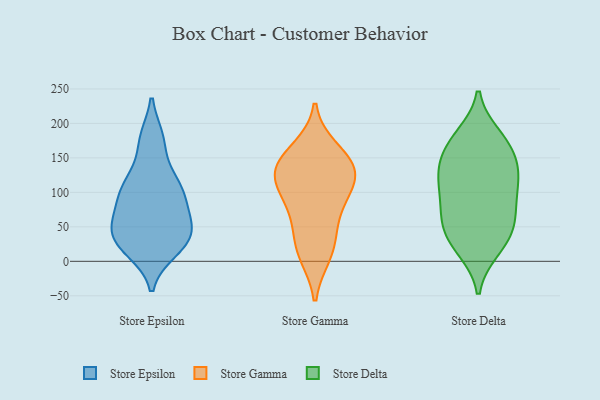
{"axis": {"x": "Inventory Turnover", "y": "Value"}, "legend": ["Store Delta", "Store Epsilon", "Store Gamma"], "data": [{"x": "", "y": 42, "type": "Store Epsilon"}, {"x": "", "y": 101, "type": "Store Epsilon"}, {"x": "", "y": 99, "type": "Store Epsilon"}, {"x": "", "y": 18, "type": "Store Epsilon"}, {"x": "", "y": 178, "type": "Store Epsilon"}, {"x": "", "y": 40, "type": "Store Epsilon"}, {"x": "", "y": 105, "type": "Store Epsilon"}, {"x": "", "y": 69, "type": "Store Epsilon"}, {"x": "", "y": 131, "type": "Store Epsilon"}, {"x": "", "y": 106, "type": "Store Epsilon"}, {"x": "", "y": 23, "type": "Store Epsilon"}, {"x": "", "y": 68, "type": "Store Epsilon"}, {"x": "", "y": 15, "type": "Store Epsilon"}, {"x": "", "y": 177, "type": "Store Epsilon"}, {"x": "", "y": 49, "type": "Store Epsilon"}, {"x": "", "y": 44, "type": "Store Epsilon"}, {"x": "", "y": 126, "type": "Store Gamma"}, {"x": "", "y": 161, "type": "Store Gamma"}, {"x": "", "y": 47, "type": "Store Gamma"}, {"x": "", "y": 11, "type": "Store Gamma"}, {"x": "", "y": 145, "type": "Store Gamma"}, {"x": "", "y": 18, "type": "Store Gamma"}, {"x": "", "y": 116, "type": "Store Gamma"}, {"x": "", "y": 132, "type": "Store Gamma"}, {"x": "", "y": 135, "type": "Store Gamma"}, {"x": "", "y": 85, "type": "Store Gamma"}, {"x": "", "y": 87, "type": "Store Gamma"}, {"x": "", "y": 181, "type": "Store Delta"}, {"x": "", "y": 107, "type": "Store Delta"}, {"x": "", "y": 172, "type": "Store Delta"}, {"x": "", "y": 158, "type": "Store Delta"}, {"x": "", "y": 68, "type": "Store Delta"}, {"x": "", "y": 18, "type": "Store Delta"}, {"x": "", "y": 85, "type": "Store Delta"}, {"x": "", "y": 51, "type": "Store Delta"}, {"x": "", "y": 47, "type": "Store Delta"}, {"x": "", "y": 134, "type": "Store Delta"}, {"x": "", "y": 131, "type": "Store Delta"}, {"x": "", "y": 127, "type": "Store Delta"}, {"x": "", "y": 21, "type": "Store Delta"}, {"x": "", "y": 84, "type": "Store Delta"}, {"x": "", "y": 174, "type": "Store Delta"}, {"x": "", "y": 120, "type": "Store Delta"}, {"x": "", "y": 41, "type": "Store Delta"}]}